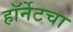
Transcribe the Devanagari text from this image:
हॉर्नेटचा